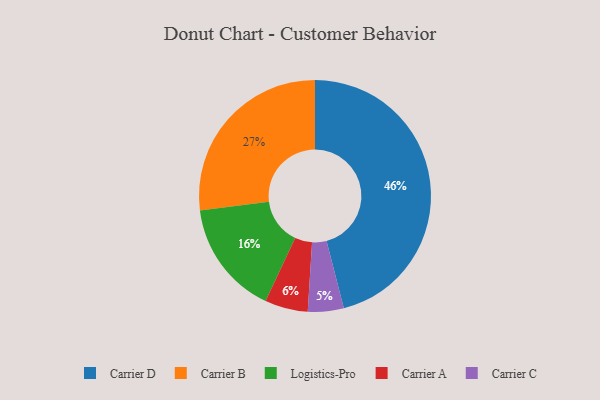
{"axis": {"x": "Category", "y": "Percentage"}, "legend": ["Carrier A", "Carrier B", "Carrier C", "Carrier D", "Logistics-Pro"], "data": [{"x": "Carrier B", "y": 27, "type": "Carrier B"}, {"x": "Carrier C", "y": 5, "type": "Carrier C"}, {"x": "Logistics-Pro", "y": 16, "type": "Logistics-Pro"}, {"x": "Carrier D", "y": 46, "type": "Carrier D"}, {"x": "Carrier A", "y": 6, "type": "Carrier A"}]}